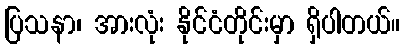
ပြသနာ၊ အားလုံး နိုင်ငံတိုင်းမှာ ရှိပါတယ်။